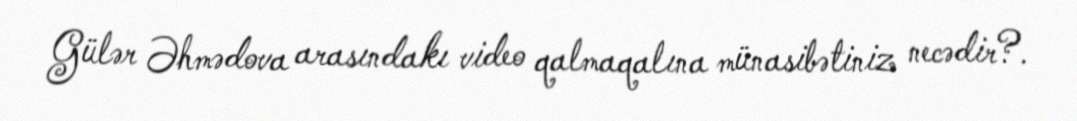
Gülər Əhmədova arasındakı video qalmaqalına münasibətiniz necədir?.